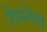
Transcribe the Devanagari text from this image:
रोमनेव